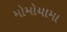
મોમોયામા